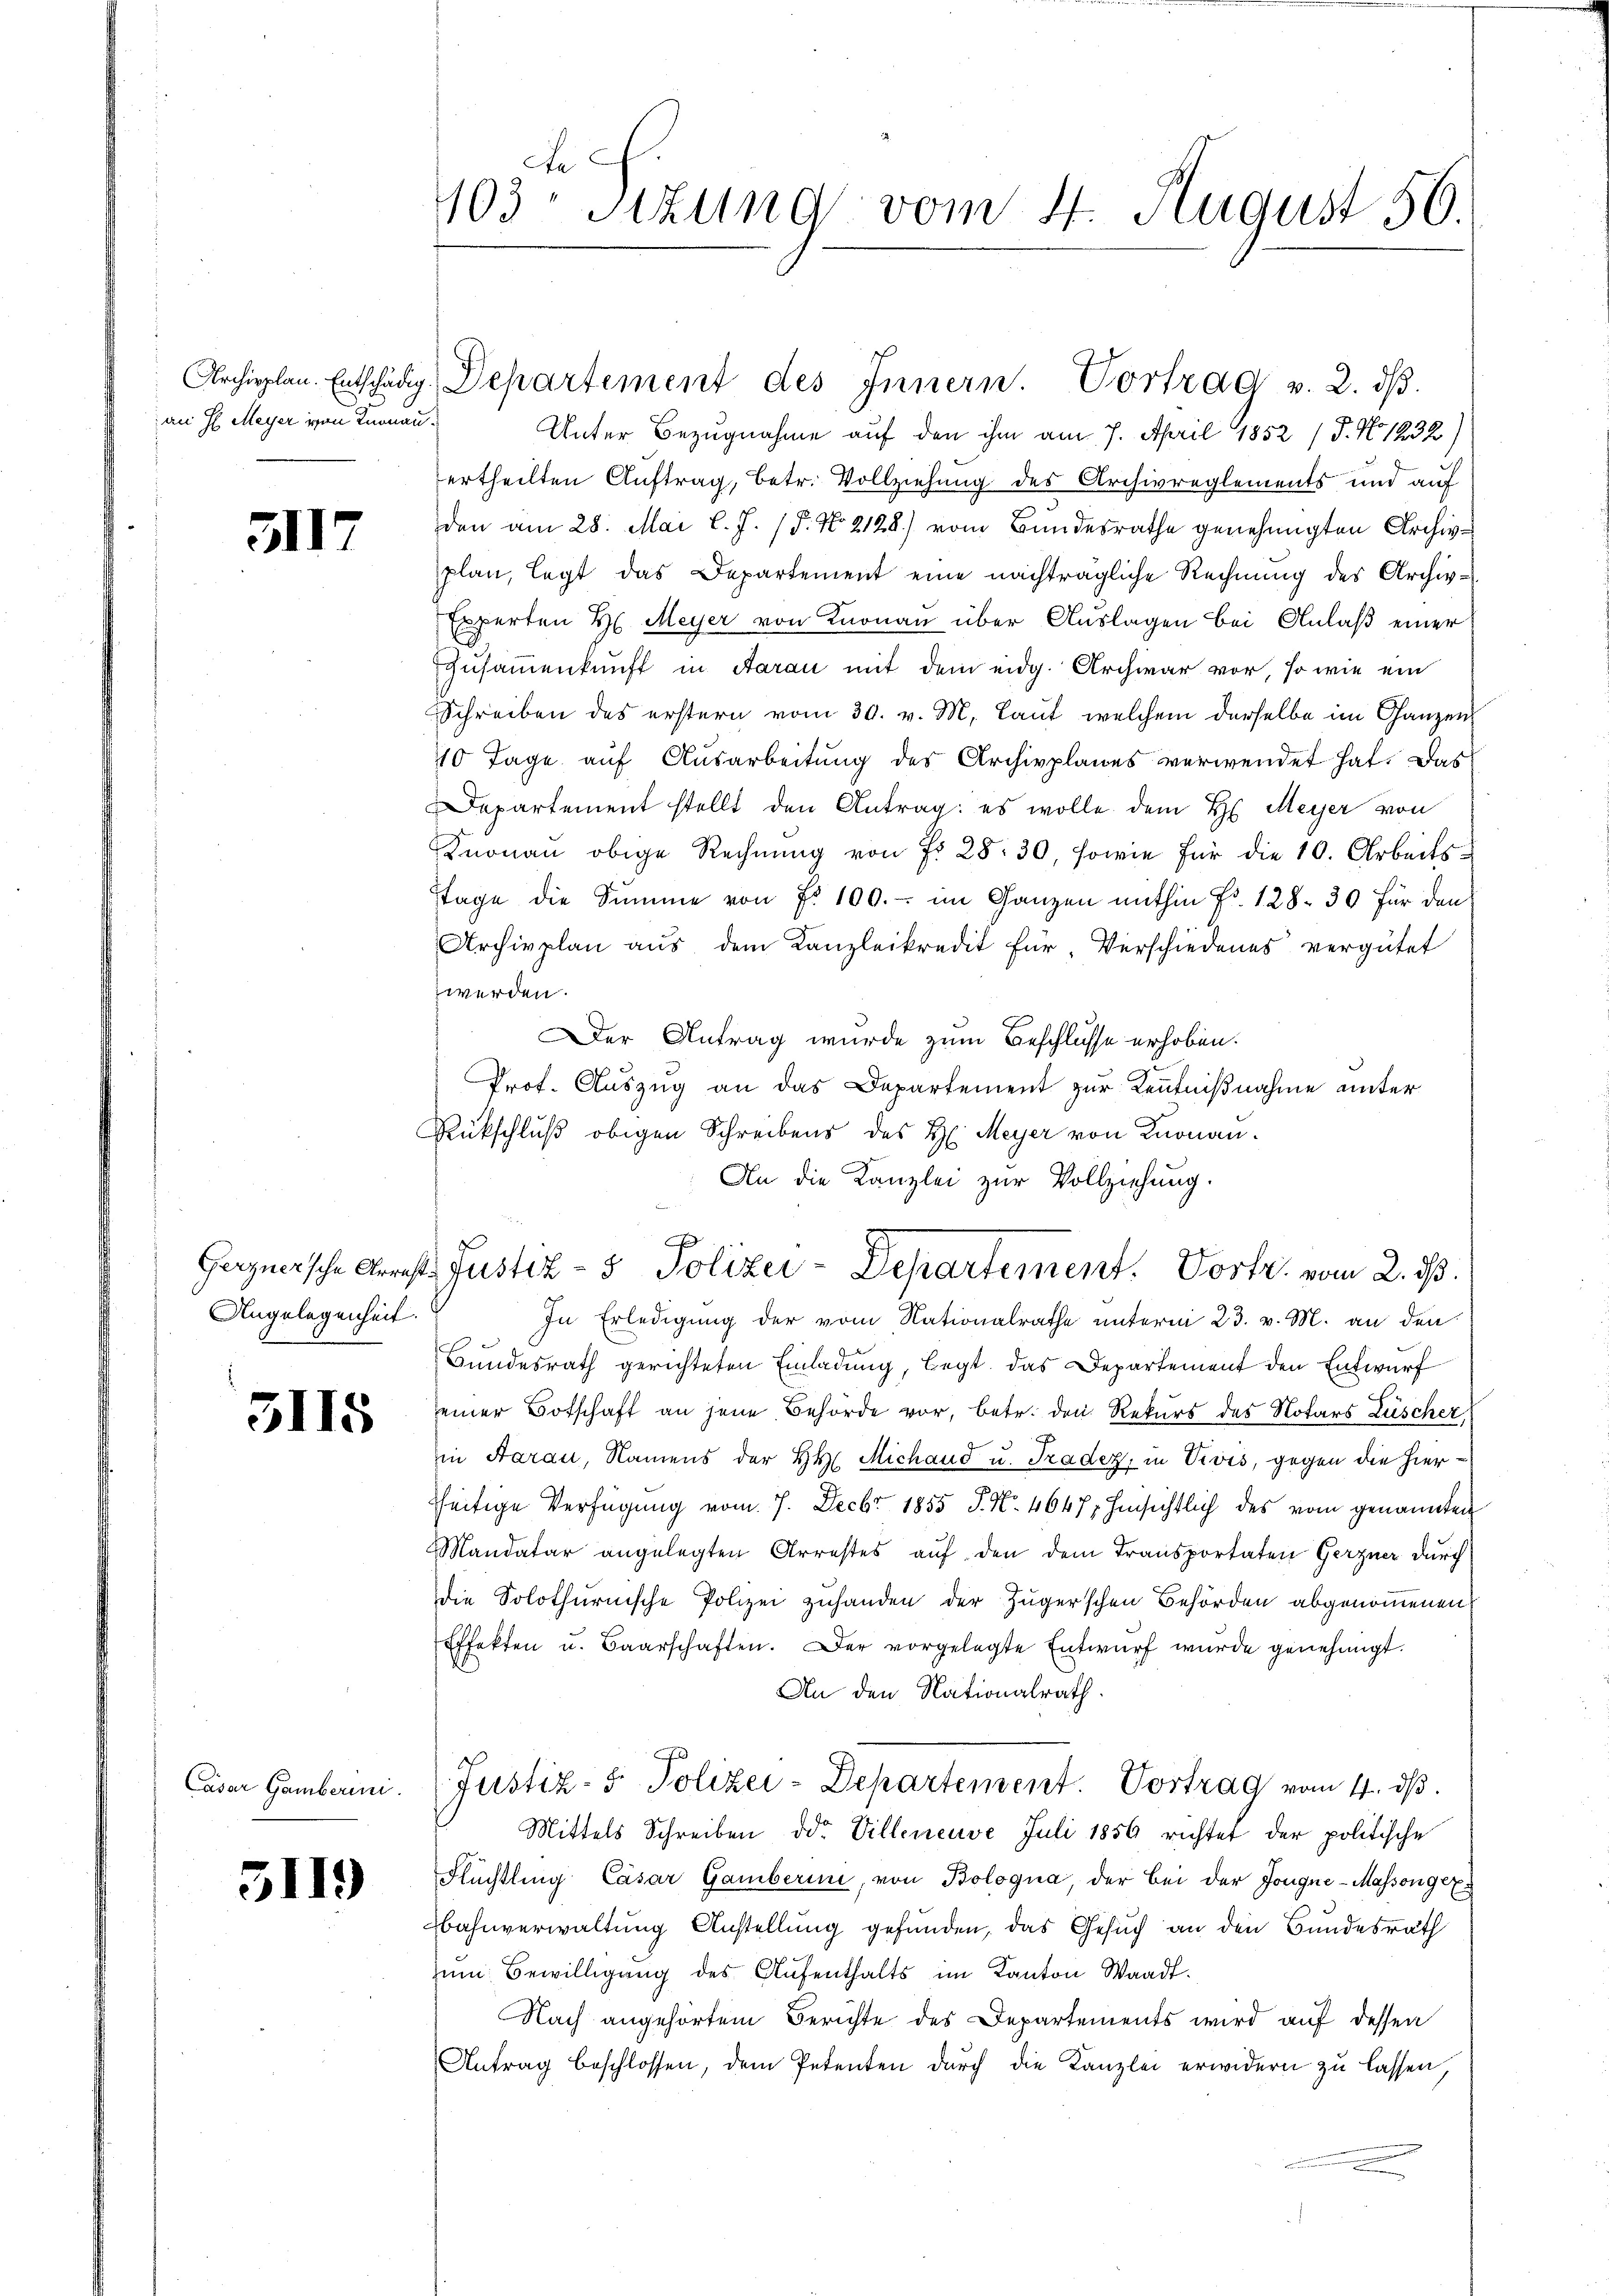
an H. Meyer von Knonau.

3117

Angelegenheit.

3115

Casar Gamberini.

5119

103 sizung vom 4. August 50.

Archipplan. Entschädig. Departement des Innern. Vortrag v. 2. dβ.
Unter Bezugnahme auf den ihm am 7. April 1852 / 5. No 1232)
ertheilten Auftrag, betr. Vollziehung des Archivreglements und auf
den am 28. Mai l. J. (T. No. 2128) vom Bundesrathe genehmigten Archive
plan, legt das Departement eine nachträgliche Rechnung des Archiv¬
Experten H. Meyer von Knonau über Auslagen bei Anlaß einer
Zusammenkunft in Aarau mit dem eidg. Archivar vor, so wie ein
Schreiben des erstern vom 30. v. M. Laŭf welchem derselbe im Ganzen
40 Tage auf Ausarbeitung des Archivplanes verwendet hat. Das
Departement stellt den Antrag: es wolle dem H. Meyer von
Knonau obige Rechnung von Fr. 28. 30, sowie für die 10. Arbeits-
tage die Summe von Fr. 100.- im Ganzen mithin Fr. 128. 30 für den
Archivplan aus dem Kanzleikredit für Verschiedenes vergütet
werden.
Der Antrag wurde zum Beschlusse erhoben.
Prof. Auszug an das Departement zur Kenntnißnahme unter
Rückschluß obigen Schreibens des H. Meyer von Knonau.
An die Kanzlei zur Vollziehung.
In Erledigung der vom Nationalrathe unterm 23. v. M. an den
Bundesrath gerichteten Einladung, legt. Das Departement den Entwurf
seiner Botschaft an jene Behörde vor, betr. den Rekurs des Notars Zuscher,
in Aarau, Namens der H. Michand u. Tradez, in Divis, gegen die hierzseitige Verfügung vom 7. Decbr 1855 P. Nr. 4647, hinsichtlich des vom genannten
Mandatar angelegten Arrestes aŭf den dem Transportaten Gerzner durch
die Solothurnische Polizei zuhanden der Zugerschen Behörden abgenommenen
Effekten u. Baarschaften. Der vorgelegte Entwurf wurde genehmigt.
An den Nationalrath
Justiz- & Polizei-Departement. Vortrag vom 4. ds.
Mittels Schreiben ddo. Villeneuve Juli 1856 richtet der politische
Flüchtling Casar Gamberin, von Bologna, der bei der Jongue-Massongez
Bahnverwaltung Anstellung gefunden, das Gesuch an den Bundesrath
zŭm Bewilligung des Aufenthalts im Kanton Waadt.
Nach angehörtem Berichte des Departements wird auf dessen
Antrag beschlossen, dem Petenten durch die Kanzlei erwidern zu lassen,

Gerzneische Arrest. Justiz- & Polizei-Departement. Vortr. vom 2. ds.